Leaving Certificate Examination, 1912
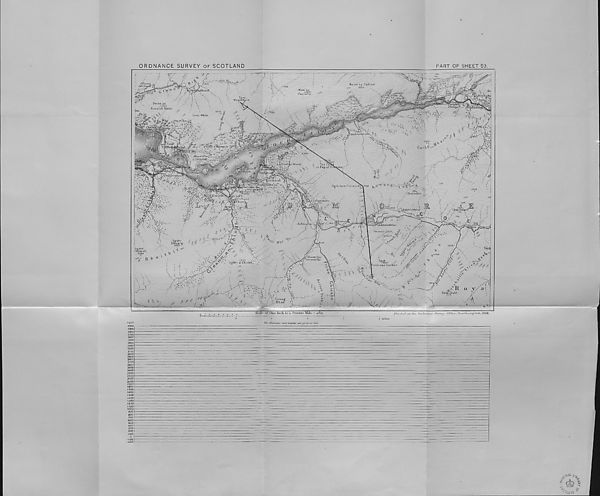
ORDNANCE SURVEY OF SCOTLAND
PART OF SHEET 53
• y-i/eacft l
Beinn na Ckillich
' 1472
Mam na
A2603
Gualairtn
Tom
Mead hpin
Beinn. an
ili2G3
Aonaich Mhbir
2014 O
Leac Mhor
Gh'/u
°na Cicke
or Pap of GTbqcoe,
, , 3. II 8 a
?16Q.
-h-
/ The.
( Chancellor /}
Sgor nam FiannaidffSaiBB
( 7i a/trl
Ivurrlj.
Hl :s 2ST
■ ■ Atriochitiii
lachqjt
>^^I7_
A{‘hria\
O.fs/' ariyv £rt v
Dhearg- 3362 °
rui.-nuddhe
A 2169 . /
a Choise'
S.tob
_o
a' 36B7. $
[Coire nan Lochan
Creag
B h an
Stofc
o >
Stab a Du bh
//
3129
A
Scan* oi‘ One men to a Statute Mile = lisaob
Printed a! the Ord/ii/nee Survey OtZice, Soulh(Unpiort,, 1912.
FEET
4000
3900
3800
3700
3600
3500
3400
3300
3200
3100
3000
2300
2800
2700
2600
2500
2400
2300
2200 2100
2000
1900 1800
1700
1600
1500
1400
1300
1200
I 100
1000
900
800
700
600
500
400
300
200
100
The Altitudes and Depths are given itt, Feet
-100 -200
>0